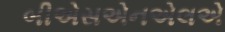
બીએસએનએલએ